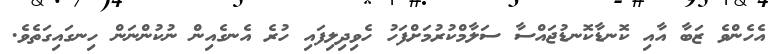
އެހެންވެ ޒަބާ އާއި ކޮނޑާކޮނޑުޖައްސާ ސަލާމްކުރުމަށްފަހު ހެވިދިލިފައި ހުރެ އެނގެއިން ނުކުންނަން ހިނގައިގަތެވެ.